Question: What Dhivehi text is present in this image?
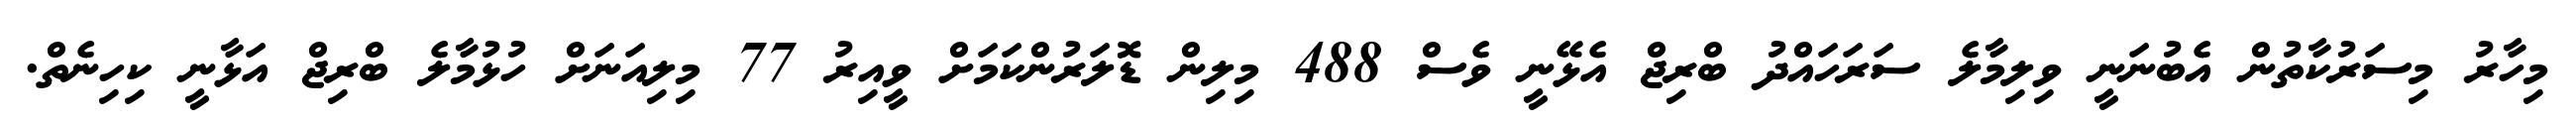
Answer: މިހާރު މިސަރުކާތުން އެބުނަނީ ވިލިމާލެ ސަރަހައްދު ބްރިޖް އެޅޭނީ ވެސް 488 މިލިން ޑޮލަރުންކަމަށް ވީއިރު 77 މިލިއަނަށް ހުޅުމާލެ ބްރިޖް އަޅާނީ ކިހިނެތް.